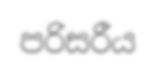
පරිසරීය